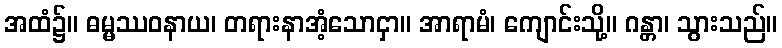
အထံ၌။ ဓမ္မဿဝနာယ၊ တရားနာအံ့သောငှာ။ အာရာမံ၊ ကျောင်းသို့။ ဂန္တာ၊ သွားသည်။